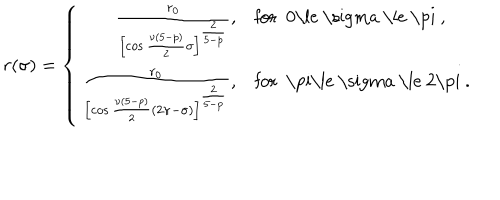
LaTeX: r ( \sigma ) = \left\{ \begin{array} { r l } { { \frac { r _ { 0 } } { \left[ \cos \frac { \nu ( 5 - p ) } { 2 } \sigma \right] ^ { \frac { 2 } { 5 - p } } } , } } & { { \mathrm { f o r ~ 0 \le ~ \ s i g m a ~ \le ~ \ p i ~ , } } } \\ { { \frac { r _ { 0 } } { \left[ \cos \frac { \nu ( 5 - p ) } { 2 } ( 2 \pi - \sigma ) \right] ^ { \frac { 2 } { 5 - p } } } , } } & { { \mathrm { f o r ~ \ p i \le ~ \ s i g m a ~ \le ~ 2 \ p i ~ . } } } \\ \end{array} \right.